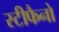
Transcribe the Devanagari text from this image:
स्टीफैनो